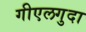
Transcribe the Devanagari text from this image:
गीएलगुदा